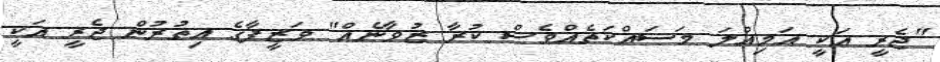
"ޖެރީ އަކީ އަމިއްލަ މަސައްކަތެއްވެސް ކުރާ ޒުވާނެއް" ވަޒީފާގެ އިތުރުން ޖެރީ އަކީ